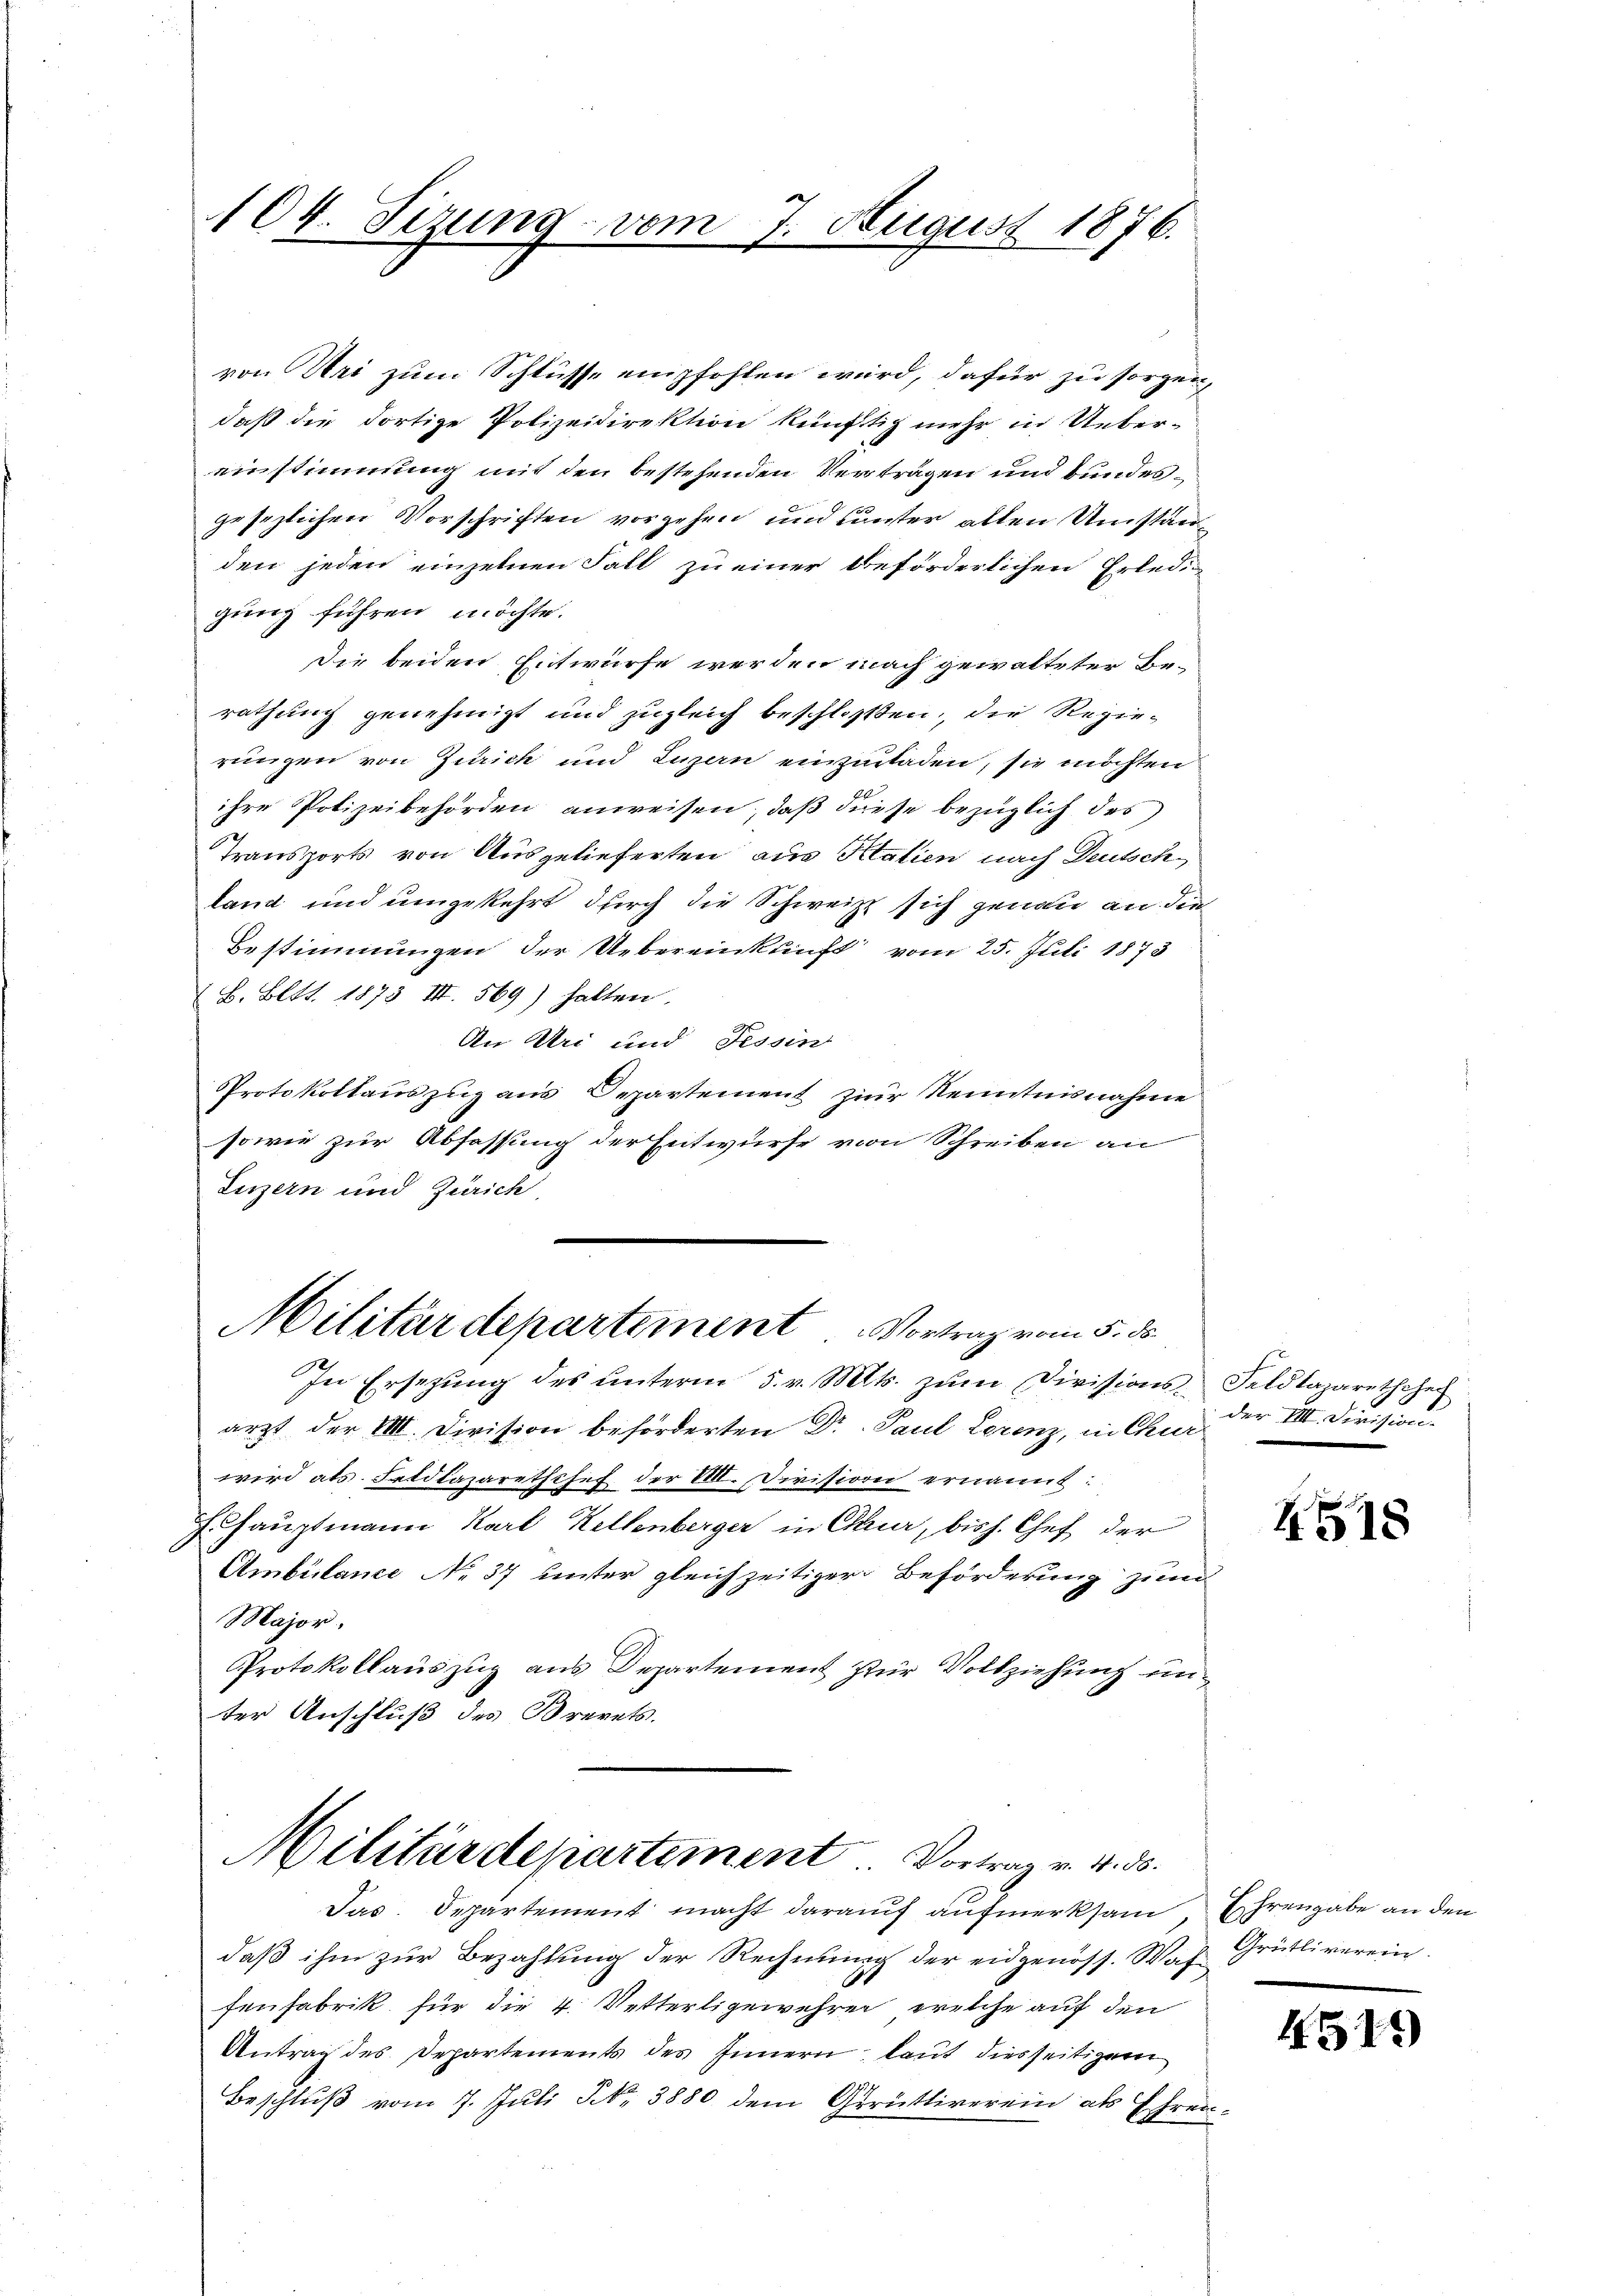
104. Tizung vom 7. August 1876.

von Uri zum Schlüsse empfohlen wird, dafür zu sorgen,
daß die dortige Polizeidirektion künftig mehr in Uebereinstimmung mit den bestehenden Vertragen und bundesgesezlichen Vorschriften vorgehen und unter allen Umständen jeden einzelnen Fall zu einer beförderlichen Erledig-
gung führen möchte.
Die beiden Entwürfe werden nach gewalteter Berathung genehmigt und zugleich beschlossen, die Regierungen von Zürich und Luzan einzuladen, sie möchten
ihre Polizeibehörden anweisen, daß diese bezüglich des
Transports von Ausgelieferten aus Italien nach Deutsch
land und umgekehrt durch die Schweiz sich genau an die
Bestimmungen der Uebereinkunft vom 25. Juli 1873
B. Bett. 1873 III 569) hatten.
An Uri und Tessin
Protokollauszug aus Departement zur Kenntnisnahme
sowie zur Abfassung der Entwurfe von Schreiben an
Luzern und Zürich,
Militärdepartement. Vortrag vom 5. ds.
In Ersezung des unterm 5. v. Mts. zum Divisionsarzt der VIII. Division beförderten Dr. Paul Lorenz, in Chur
wird als. Fetdlazaretschef der M. Division ernannt:
7. Hauptmann Karl Kellenberger in Chur, bish. Chef der
Ambülance No 37 unter gleichzeitiger Beförderung zum
Major.
Protokollauszug aus Departement zur Vollziehung unter Anschluß des Brevets.

Militärdepartement Vortrag v. 4. ds.
Jas. Departement macht darauf aufmerksam, Ehrengabe an den

Feldtawretchef
der IIII. Division.

daß ihm zur Bezahlung der Rechnung der eidgenöss. Was Grütliverein.
fenfabrik für die 4. Vetterligewehren, welche auf den
Antrag des Departements des Innern, laut diesseitigem
Beschluß vom 7. Juli N. 3880 dem Gerüttiverein als Ehren¬

4518

4515)